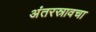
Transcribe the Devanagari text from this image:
अंतरस्रावचा